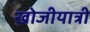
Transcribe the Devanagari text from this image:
खोजीयात्री